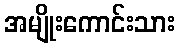
အမျိုးကောင်းသား